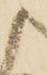
候